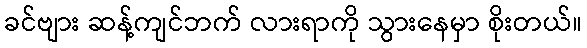
ခင်ဗျား ဆန့်ကျင်ဘက် လားရာကို သွားနေမှာ စိုးတယ်။